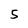
Character: 5